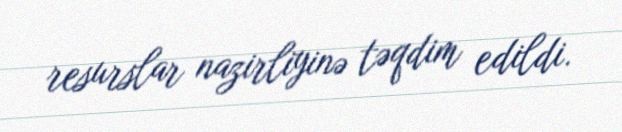
resurslar nazirliyinə təqdim edildi.